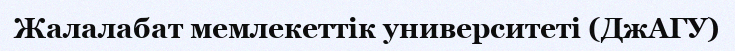
Жалалабат мемлекеттік университеті (ДжАГУ)